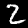
Digit: 2